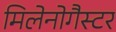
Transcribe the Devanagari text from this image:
मिलेनोगैस्टर